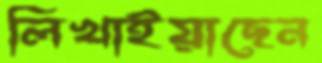
লিখাইয়াছেন